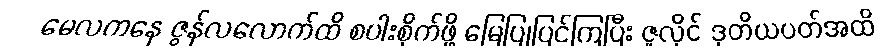
မေလကနေ ဇွန်လလောက်ထိ စပါးစိုက်ဖို့ မြေပြုပြင်ကြပြီး ဇူလိုင် ဒုတိယပတ်အထိ